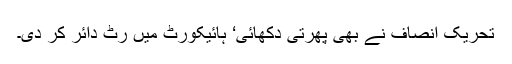
تحریک انصاف نے بھی پھرتی دکھائی‘ ہائیکورٹ میں رٹ دائر کر دی۔